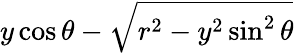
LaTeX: y\cos\theta-\sqrt{r^{2}-y^{2}\sin^{2}\theta}